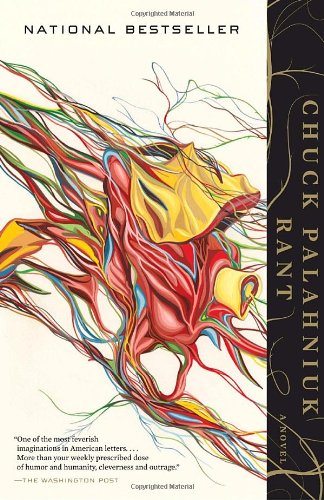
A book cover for Rant: The Oral Biography of Buster Casey; Chuck Palahniuk; Mystery, Thriller & Suspense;